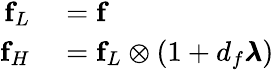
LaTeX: \begin{array}{rl}{\mathbf{f}_{L}}&{{}=\mathbf{f}}\\ {\mathbf{f}_{H}}&{{}=\mathbf{f}_{L}\otimes(1+d_{f}\pmb{\lambda})}\end{array}